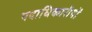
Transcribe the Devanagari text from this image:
पदाधिकारीयों